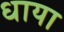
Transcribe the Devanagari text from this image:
धाया